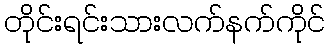
တိုင်းရင်းသားလက်နက်ကိုင်